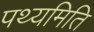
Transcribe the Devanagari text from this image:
पथ्यमिति